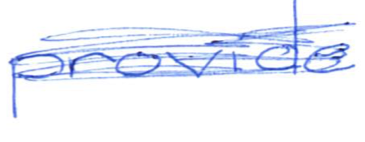
Text: provide
Cross-out: scratch
Writing tool: ballpoint